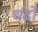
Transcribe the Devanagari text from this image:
धंदो